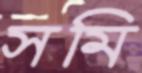
সমি